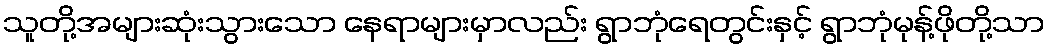
သူတို့အများဆုံးသွားသော နေရာများမှာလည်း ရွာဘုံရေတွင်းနှင့် ရွာဘုံမုန့်ဖိုတို့သာ